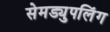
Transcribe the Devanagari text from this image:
सेमड्युपलिंग